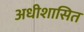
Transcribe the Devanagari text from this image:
अधीशासित